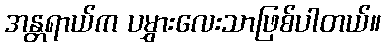
အန္တရာယ်က ပမွှားလေးသာဖြစ်ပါတယ်။